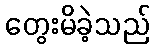
တွေးမိခဲ့သည်